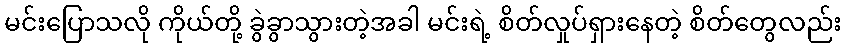
မင်းပြောသလို ကိုယ်တို့ ခွဲခွာသွားတဲ့အခါ မင်းရဲ့ စိတ်လှုပ်ရှားနေတဲ့ စိတ်တွေလည်း